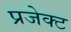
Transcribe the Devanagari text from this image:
प्रजेक्ट